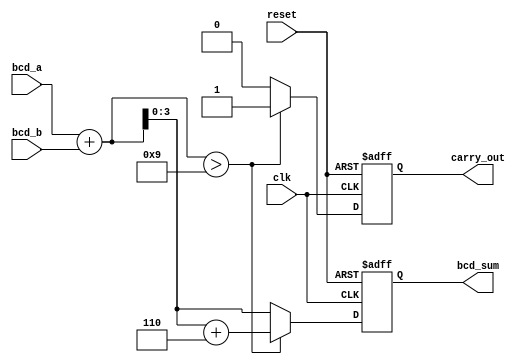
module bcd_redundant_binary_adder (
    input wire [3:0] bcd_a,   // First BCD input
    input wire [3:0] bcd_b,   // Second BCD input
    output reg [3:0] bcd_sum,  // BCD output result
    output reg carry_out,      // Carry out bit
    input wire clk,            // Clock for synchronous operation
    input wire reset           // Reset signal
);

    reg [4:0] binary_sum;      // 5 bits to hold the sum (to accommodate carry)

    always @(posedge clk or posedge reset) begin
        if (reset) begin
            bcd_sum <= 4'b0000;   // Reset BCD sum
            carry_out <= 1'b0;    // Reset carry out
        end else begin
            // Step 1: Perform binary addition of BCD inputs
            binary_sum = bcd_a + bcd_b;

            // Step 2: Check if adjustment is needed (if sum exceeds 9)
            if (binary_sum > 4'b1001) begin
                binary_sum = binary_sum + 4'b0110; // Add 6 to correct
                carry_out = 1'b1; // Set carry out
            end else begin
                carry_out = 1'b0; // No carry out
            end

            // Step 3: Assign the result to bcd_sum
            bcd_sum = binary_sum[3:0]; // Take the lower 4 bits
        end
    end

endmodule